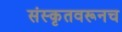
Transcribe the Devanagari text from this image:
संस्कृतवरूनच